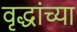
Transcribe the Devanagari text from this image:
वृद्धांच्या